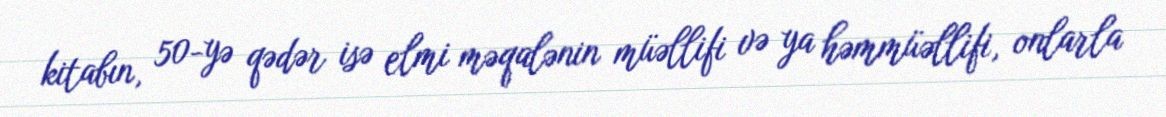
kitabın, 50-yə qədər isə elmi məqalənin müəllifi və ya həmmüəllifi, onlarla